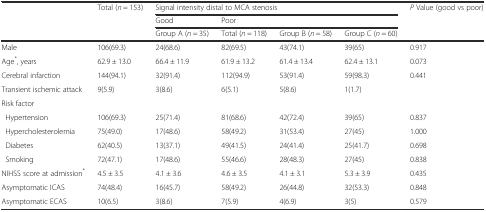
|  | Total (n = 153) | <COLSPAN=4> Signal intensity distal to MCA stenosis | P Value (good vs poor) |
 |  |  | Good | <COLSPAN=3> Poor |  |
 |  |  | Group A (n = 35) | Total (n = 118) | Group B (n = 58) | Group C (n = 60) |  |
 | --- | --- | --- | --- | --- | --- | --- |
 | Male | 106(69.3) | 24(68.6) | 82(69.5) | 43(74.1) | 39(65) | 0.917 |
 | Age*, years | 62.9 ± 13.0 | 66.4 ± 11.9 | 61.9 ± 13.2 | 61.4 ± 13.4 | 62.4 ± 13.1 | 0.073 |
 | Cerebral infarction | 144(94.1) | 32(91.4) | 112(94.9) | 53(91.4) | 59(98.3) | 0.441 |
 | Transient ischemic attack | 9(5.9) | 3(8.6) | 6(5.1) | 5(8.6) | 1(1.7) |  |
 | Risk factor |  |  |  |  |  |  |
 | Hypertension | 106(69.3) | 25(71.4) | 81(68.6) | 42(72.4) | 39(65) | 0.837 |
 | Hypercholesterolemia | 75(49.0) | 17(48.6) | 58(49.2) | 31(53.4) | 27(45) | 1.000 |
 | Diabetes | 62(40.5) | 13(37.1) | 49(41.5) | 24(41.4) | 25(41.7) | 0.698 |
 | Smoking | 72(47.1) | 17(48.6) | 55(46.6) | 28(48.3) | 27(45) | 0.838 |
 | NIHSS score at admission* | 4.5 ± 3.5 | 4.1 ± 3.6 | 4.6 ± 3.5 | 4.1 ± 3.1 | 5.3 ± 3.9 | 0.435 |
 | Asymptomatic ICAS | 74(48.4) | 16(45.7) | 58(49.2) | 26(44.8) | 32(53.3) | 0.848 |
 | Asymptomatic ECAS | 10(6.5) | 3(8.6) | 7(5.9) | 4(6.9) | 3(5) | 0.579 |